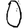
Digit: 0